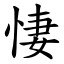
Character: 悽